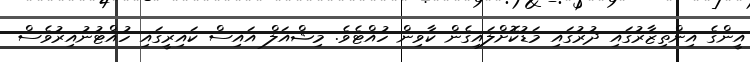
އީންގެ އިންތިޒާރުގައި ދުރުގައި މަޑުކޮށްލައިގެން ކާވިން ހުއްޓެވެ. މިޝްއަލް އައިސް ކައިރީގައި ހުއްޓުނުއިރުވެސް